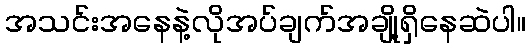
အသင်းအနေနဲ့လိုအပ်ချက်အချို့ရှိနေဆဲပါ။